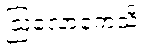
ဩလောကေသိ